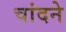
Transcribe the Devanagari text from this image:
चांदने